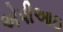
એપીઆઇ